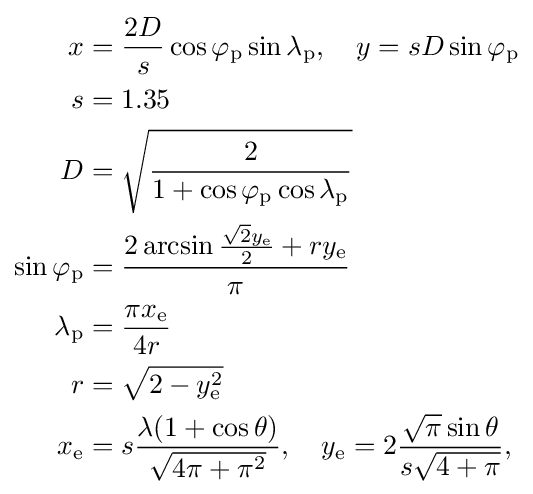
{\begin{aligned}x&={\frac {2D}{s}}\cos \varphi _{\text{p}}\sin \lambda _{\text{p}},\quad y=sD\sin \varphi _{\text{p}}\\s&=1.35\\D&={\sqrt {\frac {2}{1+\cos \varphi _{\text{p}}\cos \lambda _{\text{p}}}}}\\\sin \varphi _{\text{p}}&={\frac {2\arcsin {\frac {{\sqrt {2}}y_{\text{e}}}{2}}+ry_{\text{e}}}{\pi }}\\\lambda _{\text{p}}&={\frac {\pi x_{\text{e}}}{4r}}\\r&={\sqrt {2-y_{\text{e}}^{2}}}\\x_{\text{e}}&=s{\frac {\lambda (1+\cos \theta )}{\sqrt {4\pi +\pi ^{2}}}},\quad y_{\text{e}}=2{\frac {{\sqrt {\pi }}\sin \theta }{s{\sqrt {4+\pi }}}},\end{aligned}}